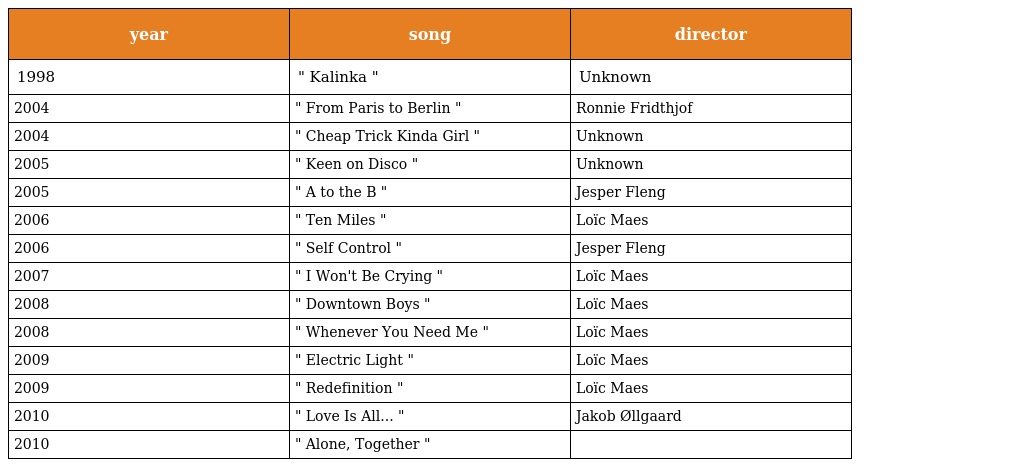
| year | song | director |
 | --- | --- | --- |
 | 1998 | " Kalinka " | Unknown |
 | 2004 | " From Paris to Berlin " | Ronnie Fridthjof |
 | 2004 | " Cheap Trick Kinda Girl " | Unknown |
 | 2005 | " Keen on Disco " | Unknown |
 | 2005 | " A to the B " | Jesper Fleng |
 | 2006 | " Ten Miles " | Loïc Maes |
 | 2006 | " Self Control " | Jesper Fleng |
 | 2007 | " I Won't Be Crying " | Loïc Maes |
 | 2008 | " Downtown Boys " | Loïc Maes |
 | 2008 | " Whenever You Need Me " | Loïc Maes |
 | 2009 | " Electric Light " | Loïc Maes |
 | 2009 | " Redefinition " | Loïc Maes |
 | 2010 | " Love Is All... " | Jakob Øllgaard |
 | 2010 | " Alone, Together " |  |